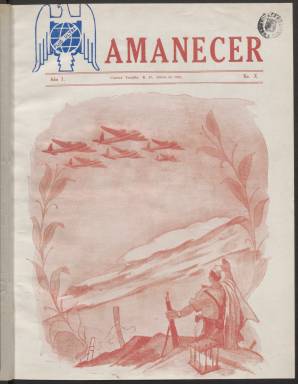
Título: Amanecer (Ciudad Trujillo)
Colección: Guerra civil || Revistas de información general
Ámbito geográfico: República Dominicana
Lugar de publicación: Ciudad Trujillo
Fechas: 01/01/1939-31/05/1939